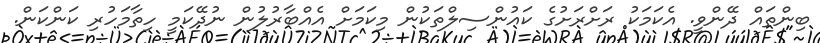
ބިންތައް ދޭންވީ. އެކަމަކު ރަށްރަށުގެ ކައުންސިލްތަކުން މިކަމަށް އެއްބާރުލުން ނުދޭކަމީ ހިތާމަހުރި ކަންކަން.